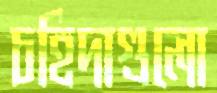
চহিদাগুলো